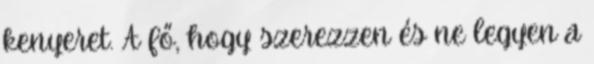
kenyeret. A fő, hogy szerezzen és ne legyen a